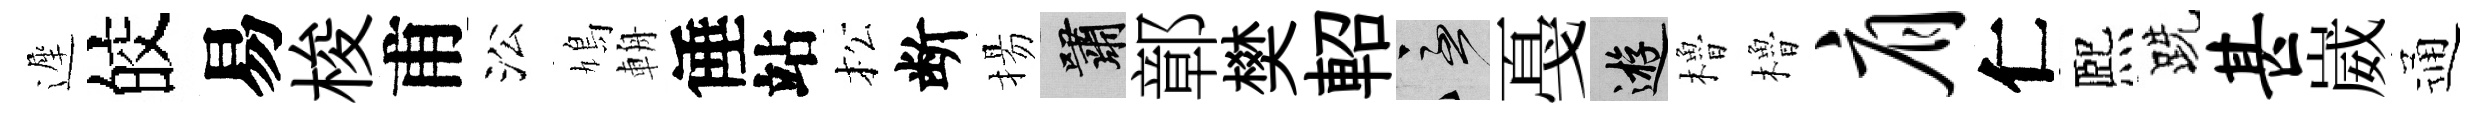
遲皎易梭甫㳂鳩輈倕站松断揚嘯鄣樊軺急戞游櫓櫓肩仁熈跣甚崴通